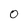
Character: 0